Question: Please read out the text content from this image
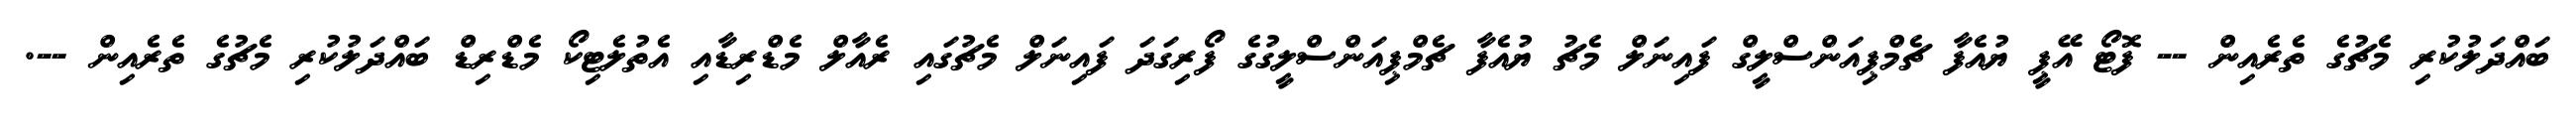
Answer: ބައްދަލުކުރި މެޗުގެ ތެރެއިން -- ފޮޓޯ އޭޕީ ޔުއެފާ ޗެމްޕިއަންސްލީގް ފައިނަލް މެޗު ޔުއެފާ ޗެމްޕިއަންސްލީގުގެ ފޯރިގަދަ ފައިނަލް މެޗުގައި ރެއާލް މެޑްރިޑާއި އެތުލެޓިކޯ މެޑްރިޑް ބައްދަލުކުރި މެޗުގެ ތެރެއިން --.